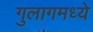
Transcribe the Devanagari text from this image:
गुलागमध्ये